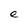
Character: e